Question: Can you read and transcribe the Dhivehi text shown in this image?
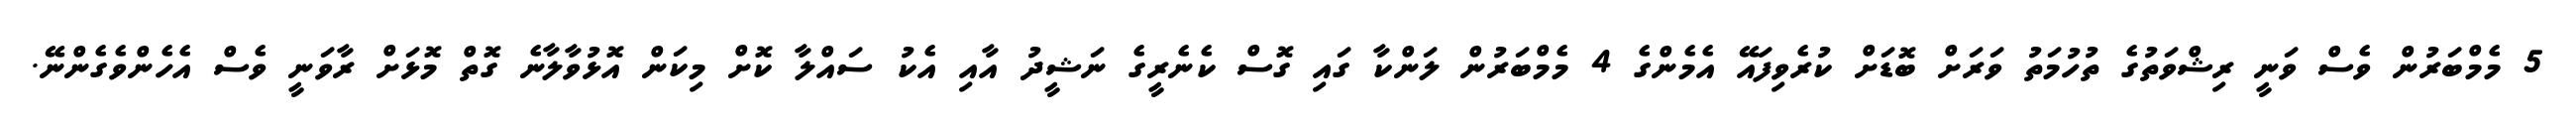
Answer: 5 މެމްބަރުން ވެސް ވަނީ ރިޝްވަތުގެ ތުހުމަތު ވަރަށް ބޮޑަށް ކުރެވިފައޭ އެމެންގެ 4 މެމްބަރުން ލަންކާ ގައި ގޮސް ކެނެރީގެ ނަޝީދު އާއި އެކު ސައްލާ ކޮށް މިކަން އޮޅުވާލާނެ ގޮތް މޮޅަށް ރާވަނީ ވެސް އެހެންވެގެންނޭ.